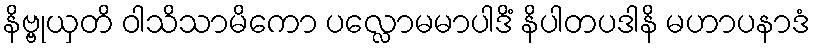
နိဗ္ဗုယှတိ ဝါသိသာမိကော ပလ္လောမမာပါဒိံ နိပါတပဒါနိ မဟာပနာဒံ